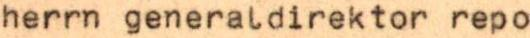
herrn generaldirektor repo